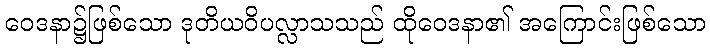
ဝေဒနာ၌ဖြစ်သော ဒုတိယဝိပလ္လာသသည် ထိုဝေဒနာ၏ အကြောင်းဖြစ်သော